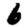
Digit: 6